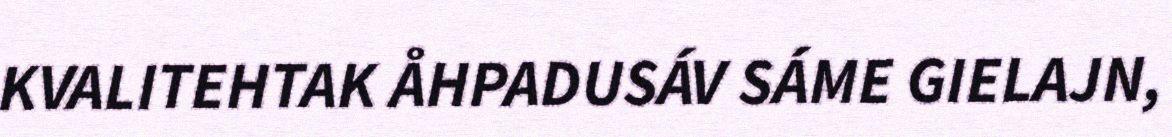
KVALITEHTAK ÅHPADUSÁV SÁME GIELAJN,